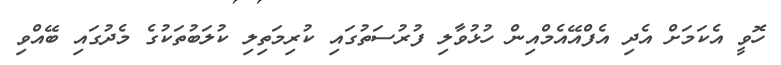
ހޮވީ އެކަމަށް އެދި އެފްއޭއެމްއިން ހުޅުވާލި ފުރުސަތުގައި ކުރިމަތިލި ކުލަބުތަކުގެ މެދުގައި ބޭއްވި